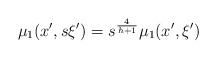
\begin{align*}\mu_1(x',s\xi')=s^{\frac{4}{h+1}}\mu_1(x',\xi')\end{align*}